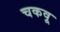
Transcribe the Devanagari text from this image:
चकवू